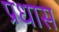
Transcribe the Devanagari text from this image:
प्रधास